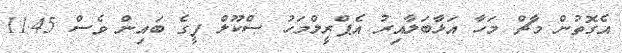
އެގޮތުން މާޗް މަހާ އަޅާބަލާއިރު އެޕްރީލްމަހު ސްކޫލް ފީގެ ބައިން ވެސް 11.45